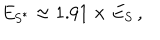
E _ { \mathrm { S } ^ { * } } \approx 1 . 9 1 \times E _ { \mathrm { S } } \, ,